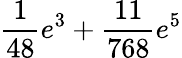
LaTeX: \frac{1}{48}e^{3}+\frac{11}{768}e^{5}